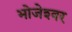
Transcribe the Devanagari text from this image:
भोजेश्‍वर